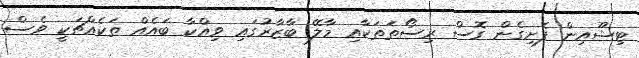
ޓިޝޫއިން ފެށިގެން ގޮސް ރިސޯތަތަކާއި މާލޭ ބާޒާރުގައި ވިއްކާ ބައެއް ތަކެއްޗަކީ ވެސް